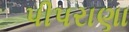
પીપરાણા